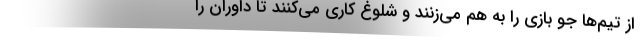
از تیم‌ها جو بازی را به هم می‌زنند و شلوغ کاری می‌کنند تا داوران را